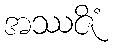
အဿဇိံ